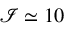
\mathcal { I } \simeq 1 0